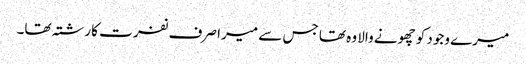
میرے وجود کو چھونے والا وہ تھا جس سے میرا صرف نفرت کا رشتہ تھا۔